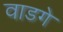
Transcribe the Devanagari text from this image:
वाडगे